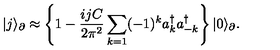
| j \rangle _ { \partial } \approx \left\lbrace 1 - \frac { i j C } { 2 \pi ^ { 2 } } \sum _ { k = 1 } ( - 1 ) ^ { k } a _ { k } ^ { \dagger } a _ { - k } ^ { \dagger } \right\rbrace | 0 \rangle _ { \partial } .